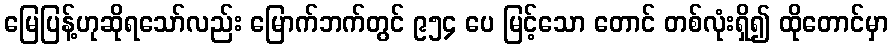
မြေပြန့်ဟုဆိုရသော်လည်း မြောက်ဘက်တွင် ၉၅၄ ပေ မြင့်သော တောင် တစ်လုံးရှိ၍ ထိုတောင်မှာ